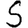
Digit: 5